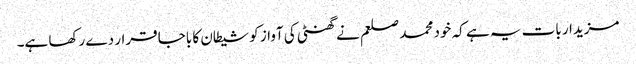
مزیدار بات یہ ہے کہ خود محمد صلعم نے گھنٹی کی آواز کو شیطان کا باجا قرار دے رکھا ہے۔